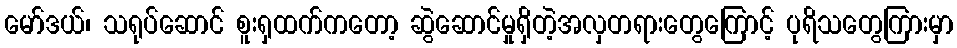
မော်ဒယ်၊ သရုပ်ဆောင် စူးရှထက်ကတော့ ဆွဲဆောင်မှုရှိတဲ့အလှတရားတွေကြောင့် ပုရိသတွေကြားမှာ